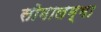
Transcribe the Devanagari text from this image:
सोमालम्मा